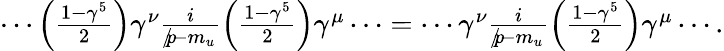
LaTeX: \begin{array}{r}{\cdots\left(\frac{1-\gamma^{5}}{2}\right)\gamma^{\nu}\frac{i}{p\! \! \! /-m_{u}}\left(\frac{1-\gamma^{5}}{2}\right)\gamma^{\mu}\cdots=\cdots\gamma^{\nu}\frac{i}{p\! \! \! /-m_{u}}\left(\frac{1-\gamma^{5}}{2}\right)\gamma^{\mu}\cdots.}\end{array}